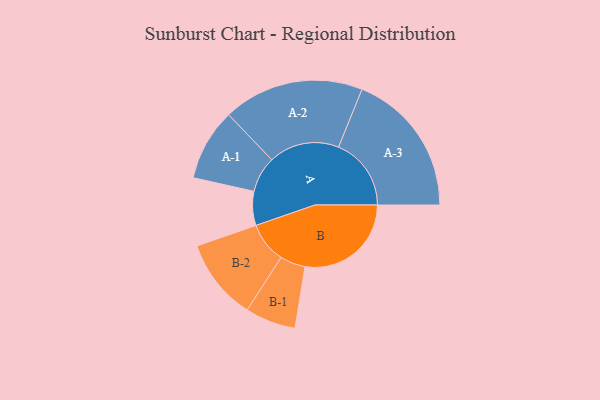
{"axis": {"x": "Segment", "y": "Value"}, "legend": ["", "A", "B"], "data": [{"x": "A", "y": 137, "type": ""}, {"x": "B", "y": 428, "type": ""}, {"x": "A-1", "y": 145, "type": "A"}, {"x": "A-2", "y": 284, "type": "A"}, {"x": "A-3", "y": 293, "type": "A"}, {"x": "B-1", "y": 102, "type": "B"}, {"x": "B-2", "y": 164, "type": "B"}]}